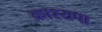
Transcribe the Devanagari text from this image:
काश्यपा